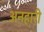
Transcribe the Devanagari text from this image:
अनहारी